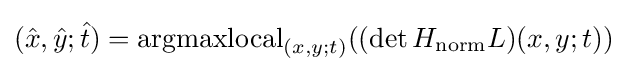
({\hat {x}},{\hat {y}};{\hat {t}})=\operatorname {argmaxlocal} _{(x,y;t)}((\det H_{\mathrm {norm} }L)(x,y;t))